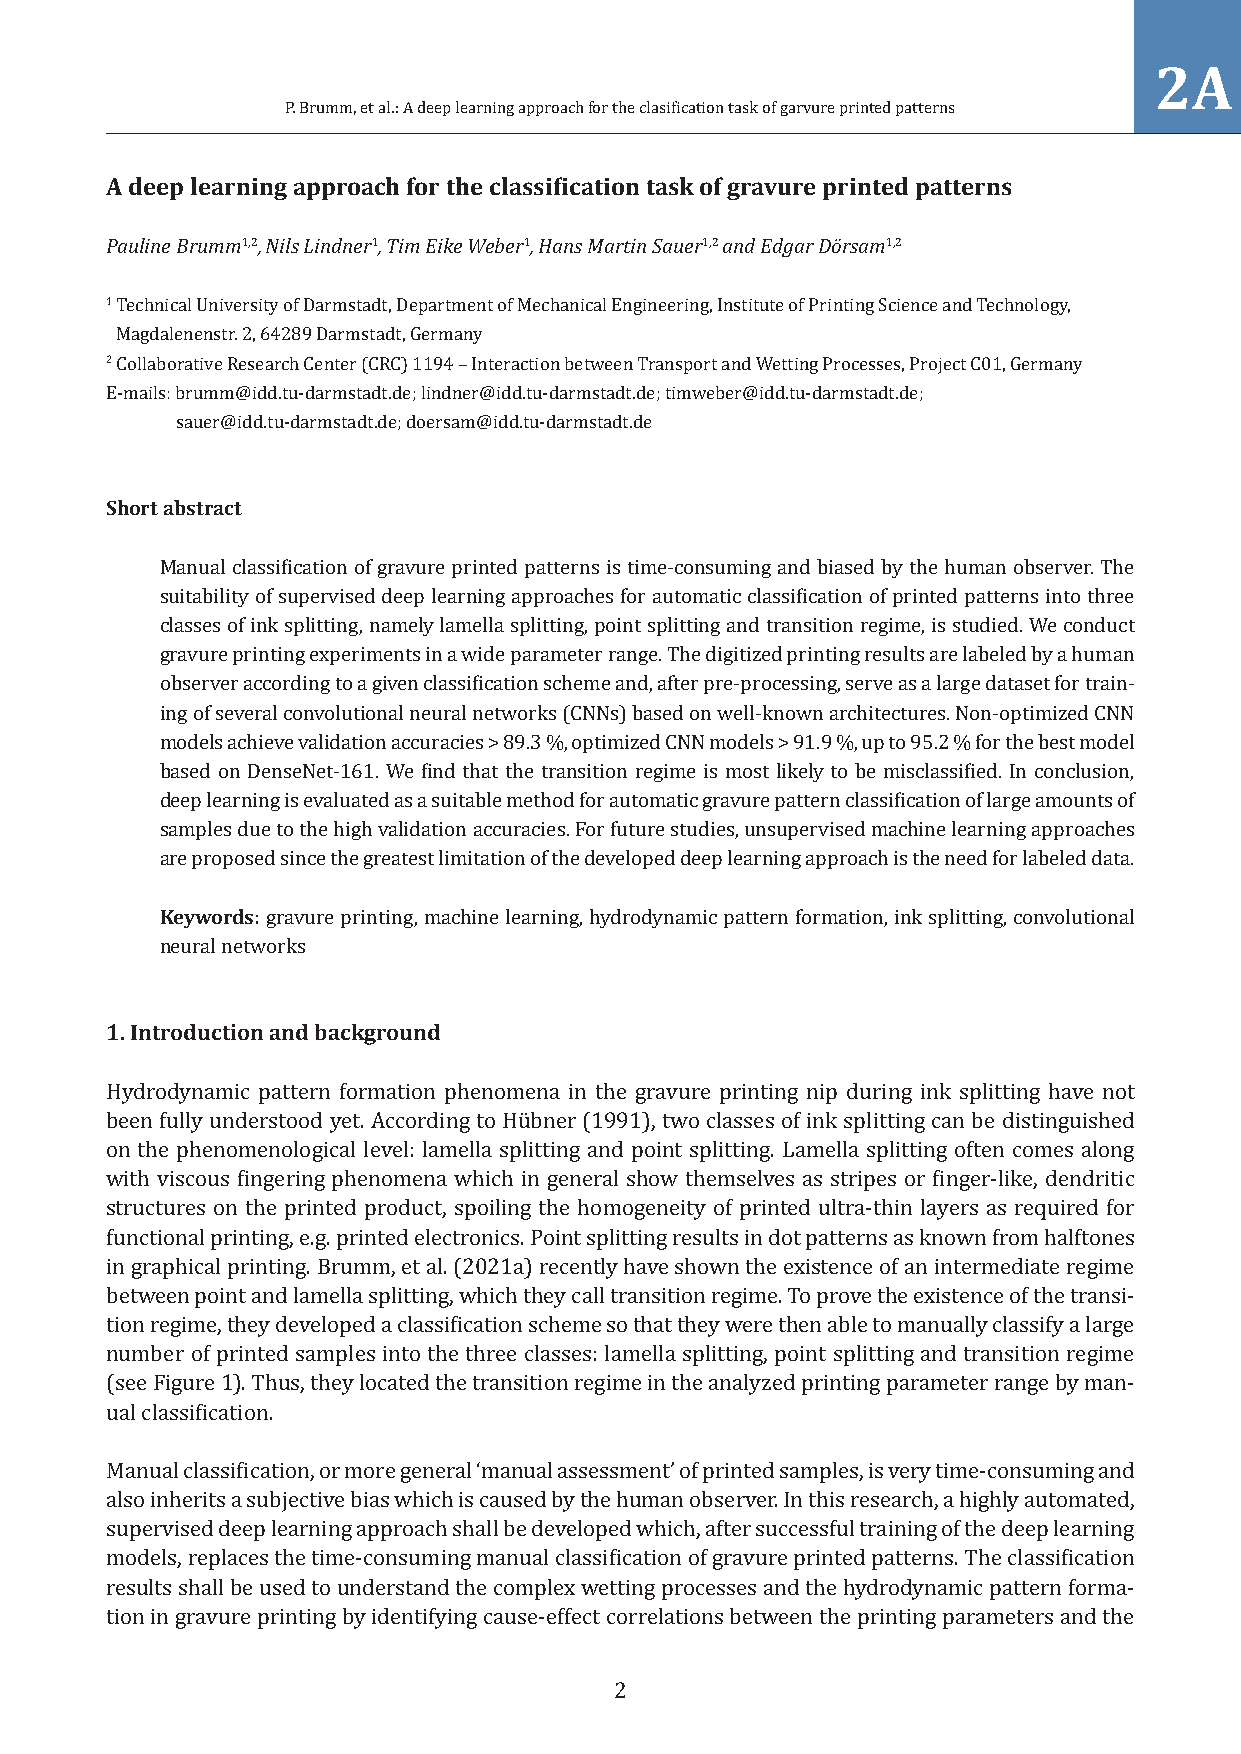
2A
 P. Brumm, et al.: A deep learning approach for the clasification task of garvure printed patterns
 A deep learning approach for the classification task of gravure printed patterns
 Pauline Brumm1,2, Nils Lindner1, Tim Eike Weber1, Hans Martin Sauer1,2 and Edgar Dörsam1,2
 1 Technical University of Darmstadt, Department of Mechanical Engineering, Institute of Printing Science and Technology,
 Magdalenenstr. 2, 64289 Darmstadt, Germany
 2 Collaborative Research Center (CRC) 1194 – Interaction between Transport and Wetting Processes, Project C01, Germany
 E-mails: brumm@idd.tu-darmstadt.de; lindner@idd.tu-darmstadt.de; timweber@idd.tu-darmstadt.de;
 sauer@idd.tu-darmstadt.de; doersam@idd.tu-darmstadt.de
 Short abstract
 Manual classification of gravure printed patterns is time-consuming and biased by the human observer. The
 suitability of supervised deep learning approaches for automatic classification of printed patterns into three
 classes of ink splitting, namely lamella splitting, point splitting and transition regime, is studied. We conduct
 gravure printing experiments in a wide parameter range. The digitized printing results are labeled by a human
 observer according to a given classification scheme and, after pre-processing, serve as a large dataset for train-
 ing of several convolutional neural networks (CNNs) based on well-known architectures. Non-optimized CNN
 models achieve validation accuracies > 89.3 %, optimized CNN models > 91.9 %, up to 95.2 % for the best model
 based on DenseNet-161. We find that the transition regime is most likely to be misclassified. In conclusion,
 deep learning is evaluated as a suitable method for automatic gravure pattern classification of large amounts of
 samples due to the high validation accuracies. For future studies, unsupervised machine learning approaches
 are proposed since the greatest limitation of the developed deep learning approach is the need for labeled data.
 Keywords: gravure printing, machine learning, hydrodynamic pattern formation, ink splitting, convolutional
 neural networks
 1.Introduction and background
 Hydrodynamic pattern formation phenomena in the gravure printing nip during ink splitting have not
 been fully understood yet. According to Hübner (1991), two classes of ink splitting can be distinguished
 on the phenomenological level: lamella splitting and point splitting. Lamella splitting often comes along
 with viscous fingering phenomena which in general show themselves as stripes or finger-like, dendritic
 structures on the printed product, spoiling the homogeneity of printed ultra-thin layers as required for
 functional printing, e.g. printed electronics. Point splitting results in dot patterns as known from halftones
 in graphical printing. Brumm, et al. (2021a) recently have shown the existence of an intermediate regime
 between point and lamella splitting, which they call transition regime. To prove the existence of the transi-
 tion regime, they developed a classification scheme so that they were then able to manually classify a large
 number of printed samples into the three classes: lamella splitting, point splitting and transition regime
 (see Figure 1). Thus, they located the transition regime in the analyzed printing parameter range by man-
 ual classification.
 Manual classification, or more general ‘manual assessment’ of printed samples, is very time-consuming and
 also inherits a subjective bias which is caused by the human observer. In this research, a highly automated,
 supervised deep learning approach shall be developed which, after successful training of the deep learning
 models, replaces the time-consuming manual classification of gravure printed patterns. The classification
 results shall be used to understand the complex wetting processes and the hydrodynamic pattern forma-
 tion in gravure printing by identifying cause-effect correlations between the printing parameters and the
 2